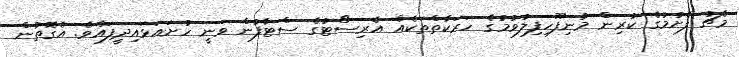
މެޗު ފެށުމުގެ ކުރިން މުނިފޫހިފިލުވުމުގެ ހަރަކާތްތަކެއް އެރިސޯޓުގެ ސްޓާފުން ވަނީ ހުށައަޅައިދީފައެވެ. އެގޮތުން